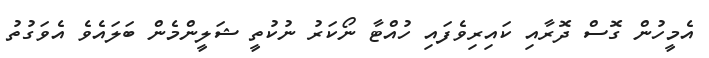
އެމީހުން ގޮސް ދޮރާއި ކައިރިވެފައި ހުއްޓާ ނޯކަރު ނުކުތީ ޝަލީންމެން ބަލައެވެ އެވަގުތު